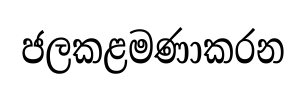
ජලකළමණාකරන